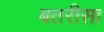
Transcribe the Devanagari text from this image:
बतरीसा